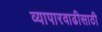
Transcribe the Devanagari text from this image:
व्यापारवाढीसाठी